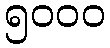
၅၀၀၀